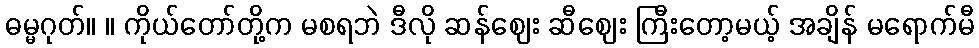
ဓမ္မဂုတ်။ ။ ကိုယ်တော်တို့က မစရဘဲ ဒီလို ဆန်ဈေး ဆီဈေး ကြီးတော့မယ့် အချိန် မရောက်မီ